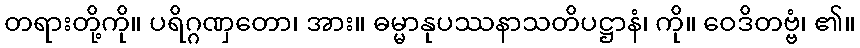
တရားတို့ကို။ ပရိဂ္ဂဏှတော၊ အား။ ဓမ္မာနုပဿနာသတိပဋ္ဌာနံ၊ ကို။ ဝေဒိတဗ္ဗံ၊ ၏။